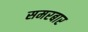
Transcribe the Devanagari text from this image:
समरबार